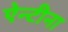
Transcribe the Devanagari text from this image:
ऐन्टीना